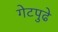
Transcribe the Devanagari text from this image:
गेटपुढे